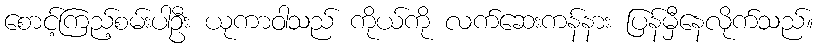
စောင့်ကြည့်စမ်းပါဦး ယုကာဝါသည် ကိုယ်ကို လက်ဆေးကန်နား ပြန်မှီနေလိုက်သည်။